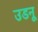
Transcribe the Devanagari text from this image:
उडनू